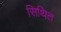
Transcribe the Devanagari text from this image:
सिथित